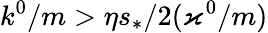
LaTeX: k^{0}/m>\eta s_{\ast}/2(\varkappa^{0}/m)